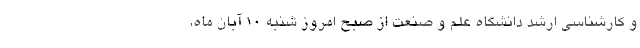
و کارشناسی ارشد دانشگاه علم و صنعت از صبح امروز شنبه ۱۰ آبان ماه،